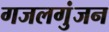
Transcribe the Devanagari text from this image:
गजलगुंजन